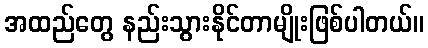
အထည်တွေ နည်းသွားနိုင်တာမျိုးဖြစ်ပါတယ်။